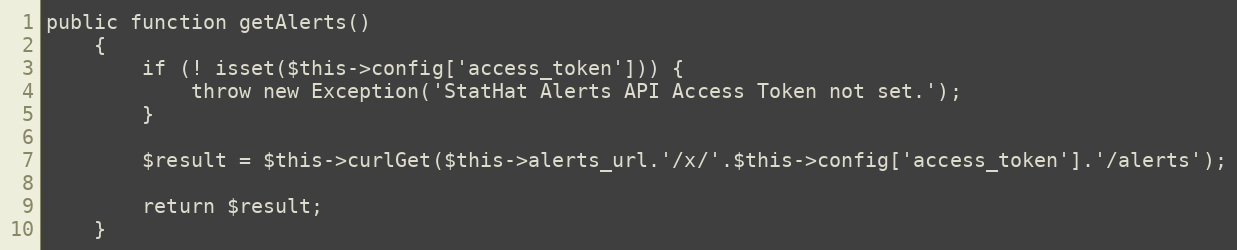
Language: PHP
public function getAlerts()
    {
        if (! isset($this->config['access_token'])) {
            throw new Exception('StatHat Alerts API Access Token not set.');
        }

        $result = $this->curlGet($this->alerts_url.'/x/'.$this->config['access_token'].'/alerts');

        return $result;
    }